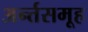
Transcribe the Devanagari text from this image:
अर्न्तसमूह